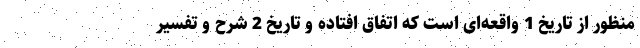
منظور از تاریخ 1 واقعه‌ای است که اتفاق افتاده و تاریخ 2 شرح و تفسیر